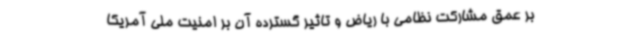
بر عمق مشارکت نظامی با ریاض و تاثیر گسترده آن بر امنیت ملی آمریکا